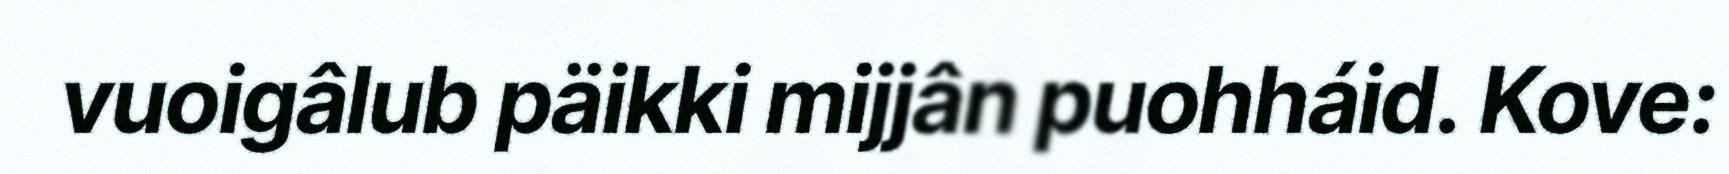
vuoigâlub päikki mijjân puohháid. Kove: